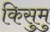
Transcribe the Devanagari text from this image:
किसुमु